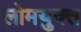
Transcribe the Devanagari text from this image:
लोमयुक्त